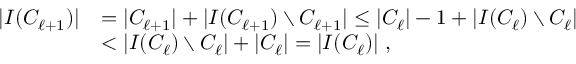
\begin{array} { r l } { \left| I ( C _ { \ell + 1 } ) \right| } & { = \left| C _ { \ell + 1 } \right| + \left| I ( C _ { \ell + 1 } ) \setminus C _ { \ell + 1 } \right| \leq \left| C _ { \ell } \right| - 1 + \left| I ( C _ { \ell } ) \setminus C _ { \ell } \right| } \\ & { < \left| I ( C _ { \ell } ) \setminus C _ { \ell } \right| + \left| C _ { \ell } \right| = \left| I ( C _ { \ell } ) \right| \, , } \end{array}